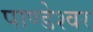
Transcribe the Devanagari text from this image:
पाण्डेश्वर